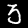
Digit: 3